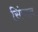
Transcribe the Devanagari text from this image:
सिंचान